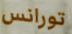
تورانس